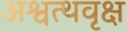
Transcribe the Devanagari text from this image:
अश्वत्थवृक्ष